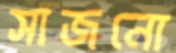
সাজনো